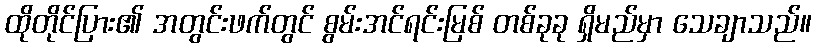
ထိုတိုင်ပြား၏ အတွင်းဖက်တွင် စွမ်းအင်ရင်းမြစ် တစ်ခုခု ရှိမည်မှာ သေချာသည်။